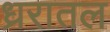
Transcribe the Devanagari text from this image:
ध्ररातल